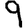
Digit: 9